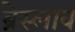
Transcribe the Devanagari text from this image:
ब्रेस्लाव